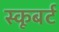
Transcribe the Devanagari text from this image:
स्कूबर्ट